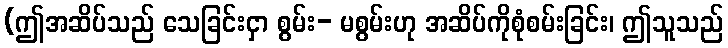
(ဤအဆိပ်သည် သေခြင်းငှာ စွမ်း- မစွမ်းဟု အဆိပ်ကိုစုံစမ်းခြင်း၊ ဤသူသည်